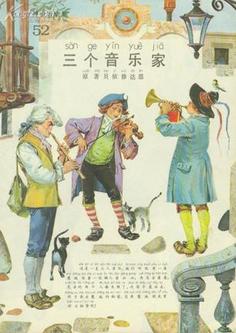
自我来黄州，已过三寒食。